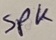
Text: SPK